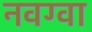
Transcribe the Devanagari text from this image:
नवग्वा